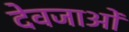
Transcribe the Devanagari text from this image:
देवजाओं